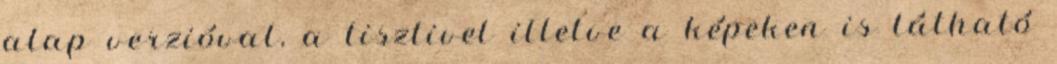
alap verzióval, a tisztivel illetve a képeken is látható